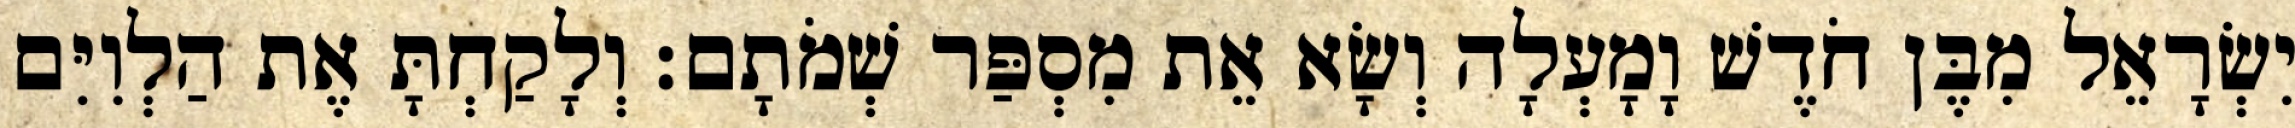
יִשְׂרָאֵל מִבֶּן חֹדֶשׁ וָמָעְלָה וְשָׂא אֵת מִסְפַּר שְׁמֹתָם׃ וְלָקַחְתָּ אֶת הַלְוִיִּם